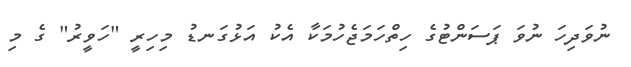
ނުވަދިހަ ނުވަ ޕަސަންޓުގެ ހިތްހަމަޖެހުމަކާ އެކު އަޅުގަނޑު މިހިރީ "ހަވީރު" ގެ މި